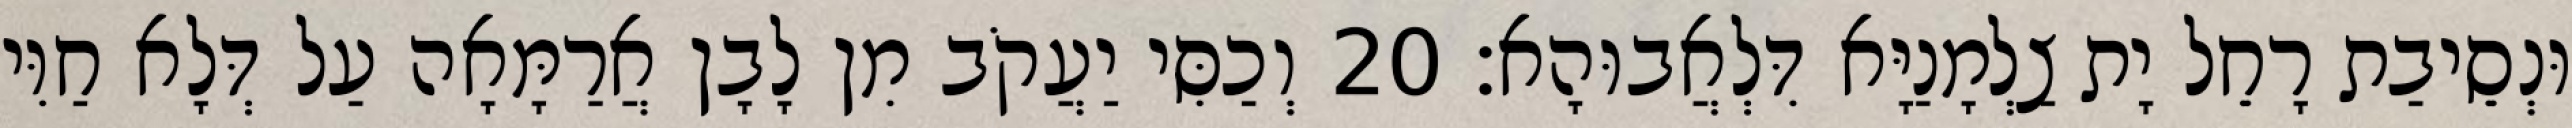
וּנְסֵיבַת רָחֵל יָת צַלְמָנַיָּא דִּלְאֲבוּהָא׃ 20 וְכַסִּי יַעֲקֹב מִן לָבָן אֲרַמָּאָה עַל דְּלָא חַוִּי